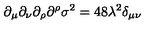
\partial _ { \mu } \partial _ { \nu } \partial _ { \rho } \partial ^ { \rho } \sigma ^ { 2 } = 4 8 \lambda ^ { 2 } \delta _ { \mu \nu }